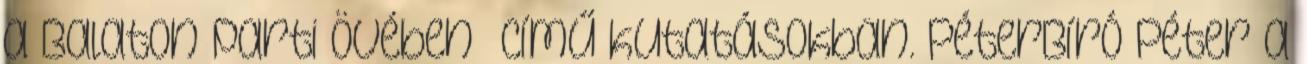
a Balaton parti övében” című kutatásokban. PéterBíró Péter a